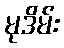
မုဒိမ်း